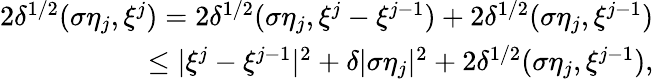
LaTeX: \begin{array}{r}{2\delta^{1/2}(\sigma\eta_{j},\xi^{j})=2\delta^{1/2}(\sigma\eta_{j},\xi^{j}-\xi^{j-1})+2\delta^{1/2}(\sigma\eta_{j},\xi^{j-1})}\\ {\leq|\xi^{j}-\xi^{j-1}|^{2}+\delta|\sigma\eta_{j}|^{2}+2\delta^{1/2}(\sigma\eta_{j},\xi^{j-1}),}\end{array}